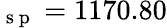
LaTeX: _\mathrm{~s~p~}=1170.80